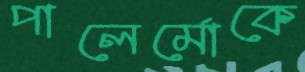
পালের্মোকে